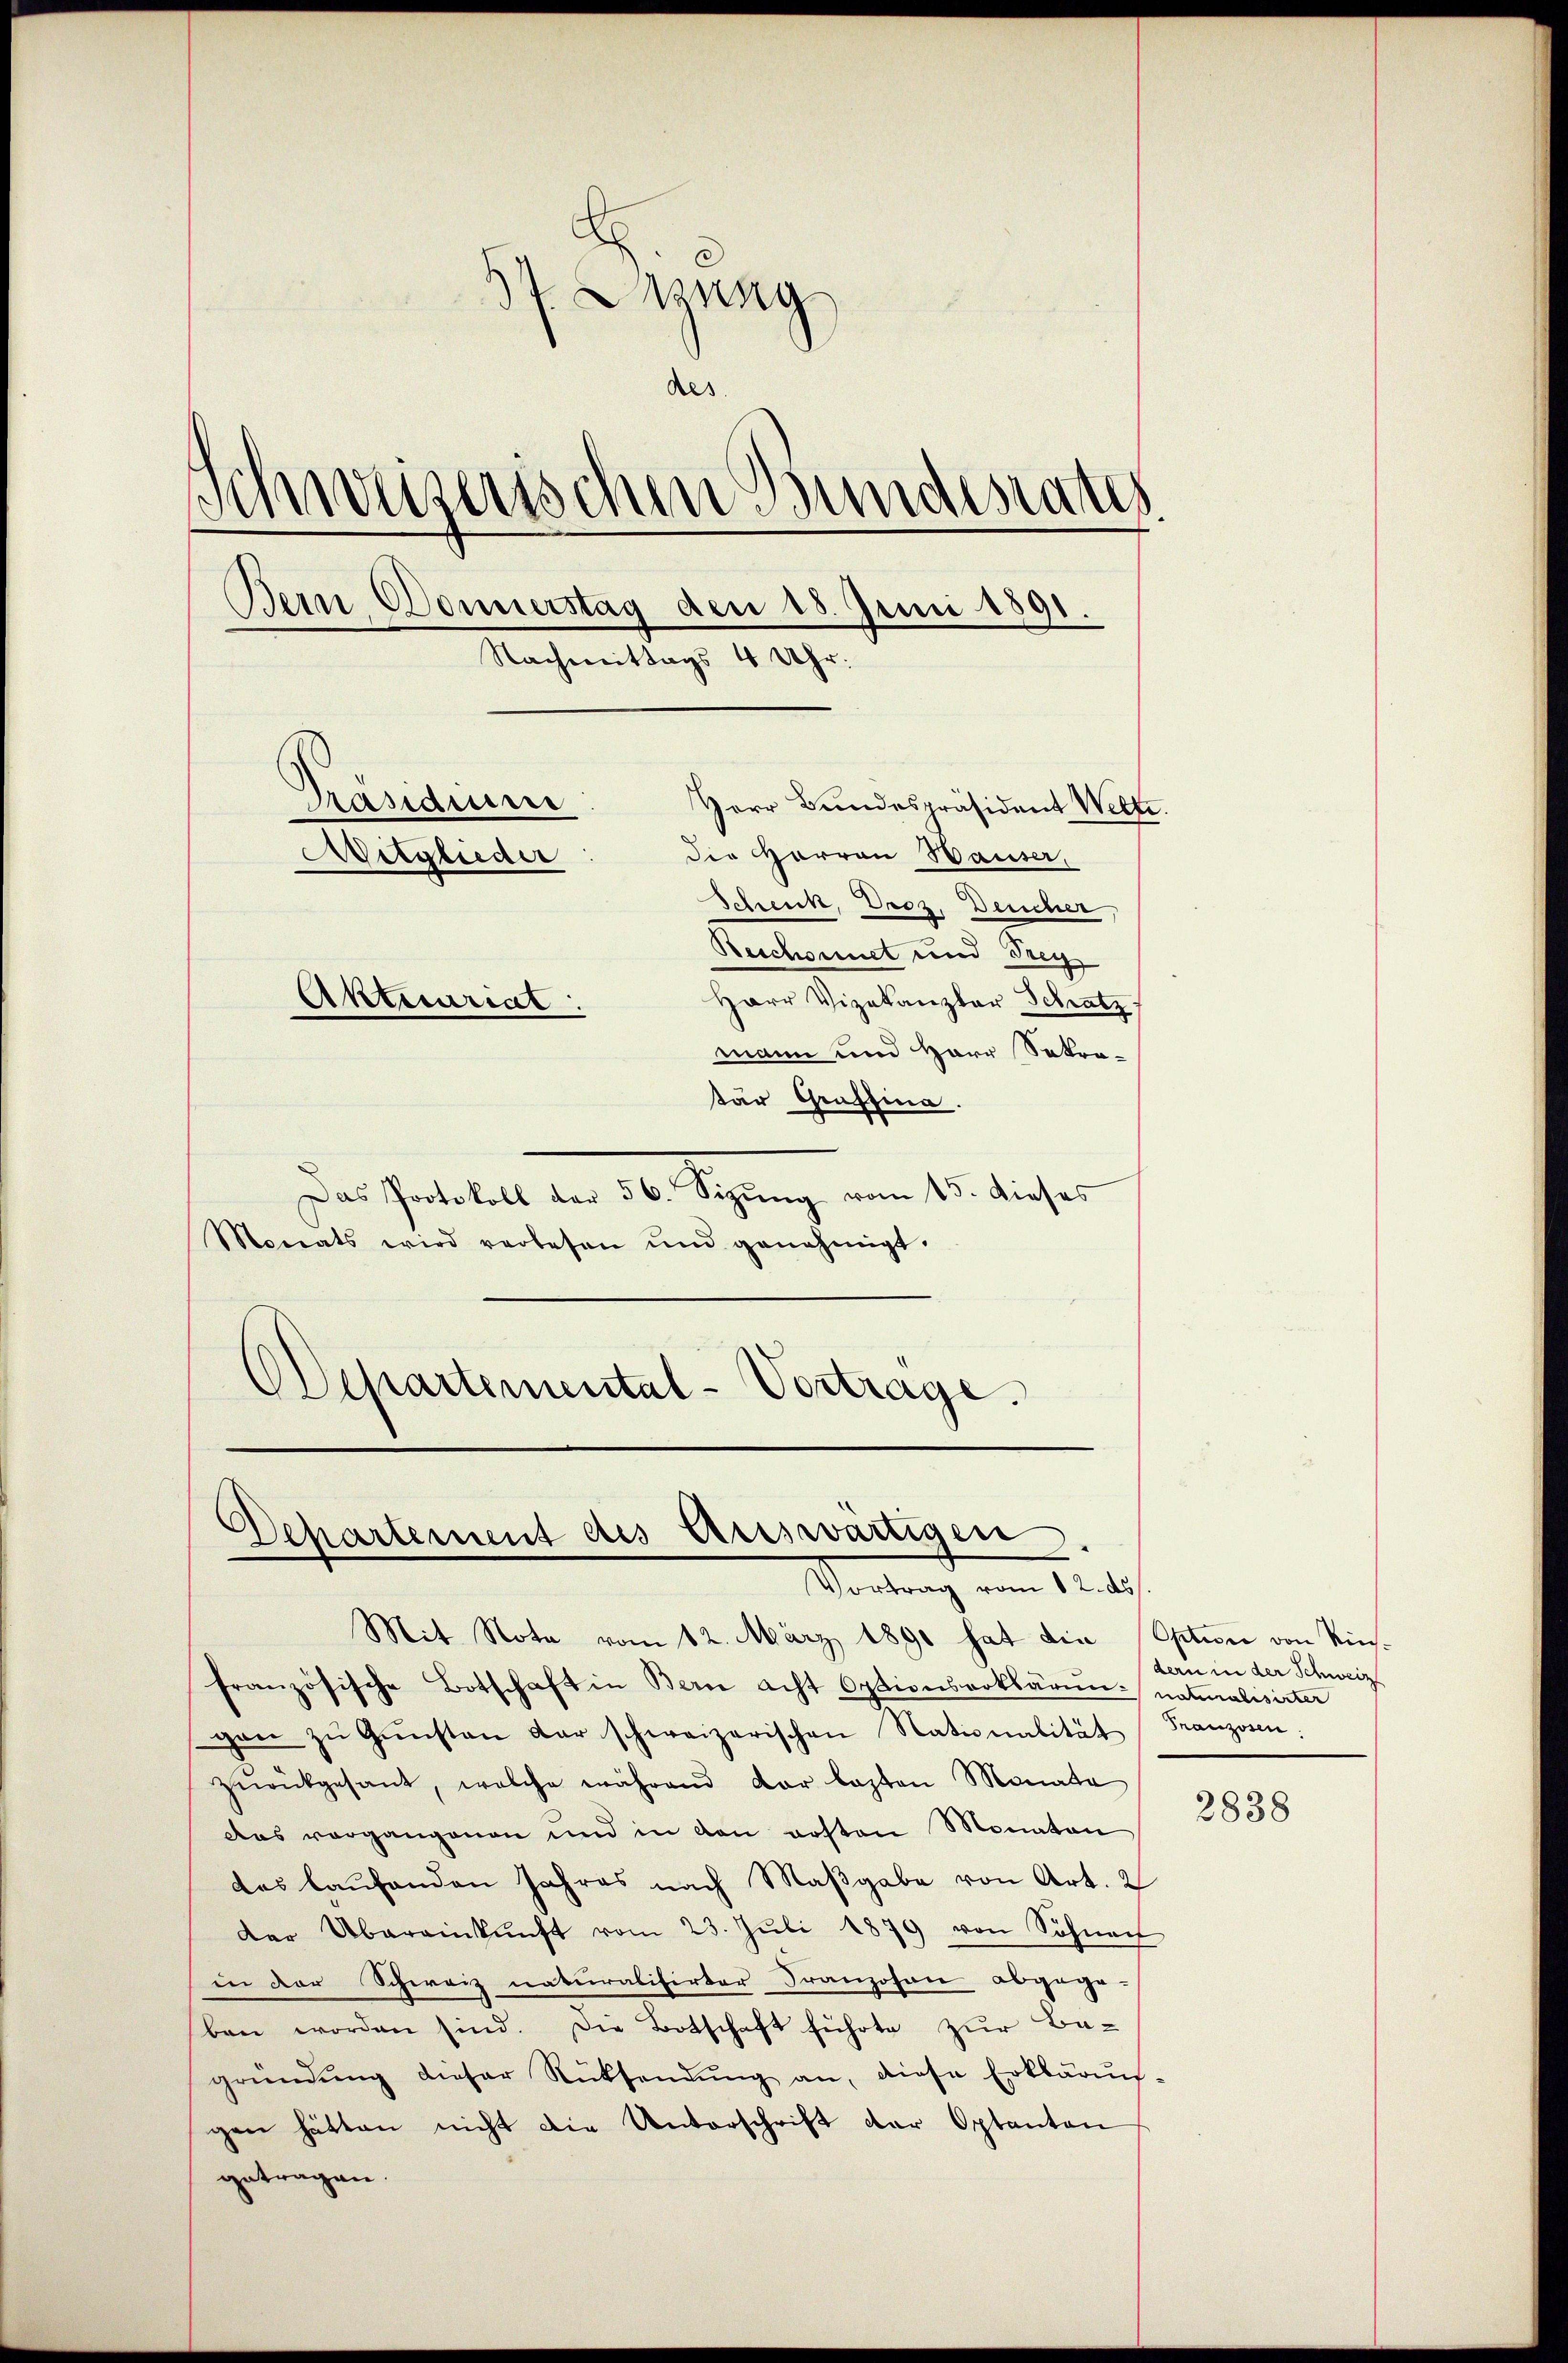
d.
 nag
Res.
Schweizerischen Bundesrates
Bern Donnerstag den 18. Juni 1891.
Nachmittags 4 Uhr.
Präsiden
Herr Bundespräsident Welti.
Die Harron Hauser,
Mitglieder
Schenk, Droz, Deucher,
Reschonnet und Frey
Herr Vizekanzler Schatz
Aktecuriat
mann und Herr Sokra-

tür Graffina
Das Portokoll den 56. Segung vom 15. dieses
Monats wird verlesen ŭnd genehmigt.
Departemental-Vortrage.

.
Departement des Ertswärtigen
Vortrag vom 12. ds

Mit Note vom 12. März 1890 hat die Option von Riesfranzösische Botschaft in Bern acht Optionserklärung naturalisirter
gen zŭ Gŭnsten der schweizerischen Nationalität Franzosen:
zŭrückgesant, welche während der lasten Monate
Das vorgangenen und in den ersten Monaten
das laufenden Jahres nach Maβgabe von Art. 2
der Übereinkŭnft vom 23. Jŭli 1879 von Söhner
in der Schweiz naturalisirter Franzosen abgege-
ben worden sind. Die Botschaft führte zur Begründŭng dieser Rücksendŭng an, diese Erklärŭn-
gen hätten nicht die Unterschrift der Optanton
getragen.

dern in der Schweiz

2838